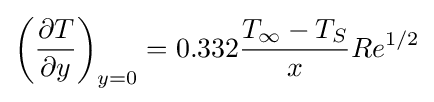
\left({\partial T \over \partial y}\right)_{y=0}=0.332{T_{\infty }-T_{S} \over x}Re^{1/2}